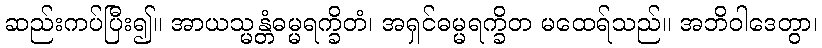
ဆည်းကပ်ပြီး၍။ အာယသ္မန္တံဓမ္မရက္ခိတံ၊ အရှင်ဓမ္မရက္ခိတ မထေရ်သည်။ အဘိဝါဒေတွာ၊